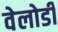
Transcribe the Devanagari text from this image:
वेलोडी